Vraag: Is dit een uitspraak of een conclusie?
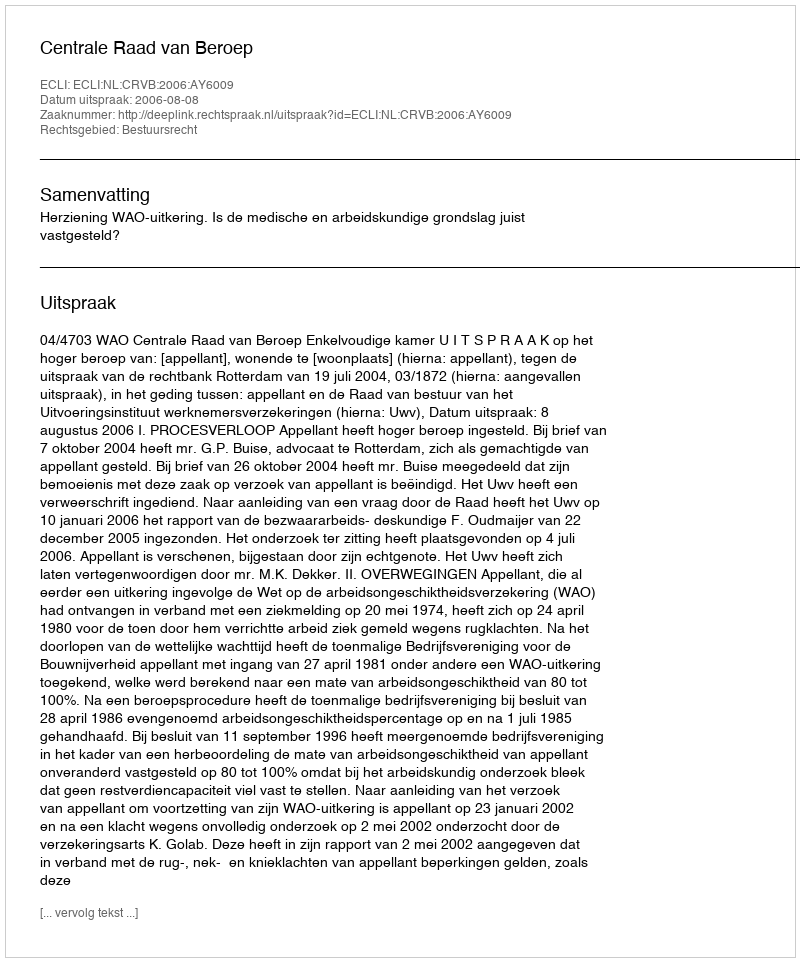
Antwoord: Uitspraak